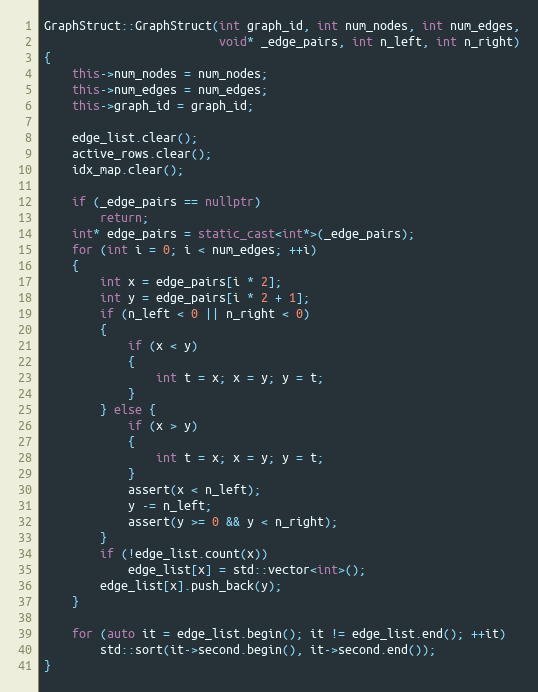
Language: C++
GraphStruct::GraphStruct(int graph_id, int num_nodes, int num_edges,
                         void* _edge_pairs, int n_left, int n_right)
{
    this->num_nodes = num_nodes;
    this->num_edges = num_edges;
    this->graph_id = graph_id;

    edge_list.clear();
    active_rows.clear();
    idx_map.clear();

    if (_edge_pairs == nullptr)
        return;
    int* edge_pairs = static_cast<int*>(_edge_pairs);
    for (int i = 0; i < num_edges; ++i)
    {
        int x = edge_pairs[i * 2];
        int y = edge_pairs[i * 2 + 1];
        if (n_left < 0 || n_right < 0)
        {
            if (x < y)
            {
                int t = x; x = y; y = t;
            }
        } else {
            if (x > y)
            {
                int t = x; x = y; y = t;
            }
            assert(x < n_left);
            y -= n_left;
            assert(y >= 0 && y < n_right);
        }
        if (!edge_list.count(x))
            edge_list[x] = std::vector<int>();
        edge_list[x].push_back(y);
    }

    for (auto it = edge_list.begin(); it != edge_list.end(); ++it)
        std::sort(it->second.begin(), it->second.end());
}